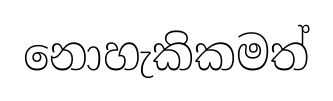
නොහැකිකමත්